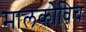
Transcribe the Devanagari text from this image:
मालकोविच